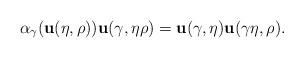
LaTeX: \begin{align*}\alpha_\gamma({\bf u}(\eta,\rho)) {\bf u}(\gamma, \eta \rho) = {\bf u}(\gamma, \eta){\bf u}(\gamma \eta, \rho).\end{align*}